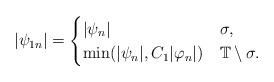
LaTeX: \begin{align*} |\psi_{1n}|=\begin{cases}|\psi_n| & \sigma, \\\min(|\psi_n|, C_1|\varphi_n|) & \mathbb T\setminus\sigma.\end{cases}\end{align*}